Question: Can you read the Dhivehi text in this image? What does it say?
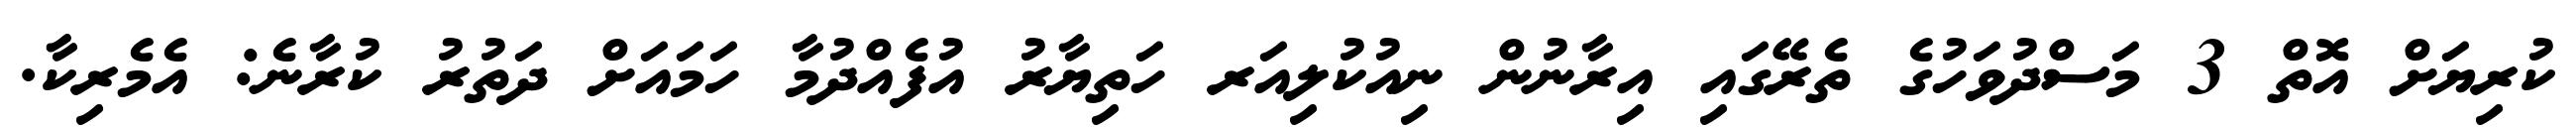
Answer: ކުރިޔަށް އޮތް 3 މަސްދުވަހުގެ ތެރޭގައި އިރާނުން ނިއުކުލިއަރ ހަތިޔާރު އުފެއްދުމާ ހަމައަށް ދަތުރު ކުރާނެ: އެމެރިކާ.